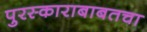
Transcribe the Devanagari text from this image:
पुरस्काराबाबतचा